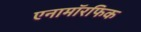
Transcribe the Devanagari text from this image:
एनामॉरफिक